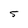
Character: 5